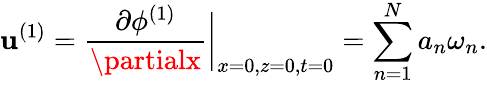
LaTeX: \mathbf{u}^{(1)}=\frac{{\partial\phi^{(1)}}}{{\partialx}}\bigg|_{x=0,z=0,t=0}=\sum_{n=1}^{N}a_{n}\omega_{n}.